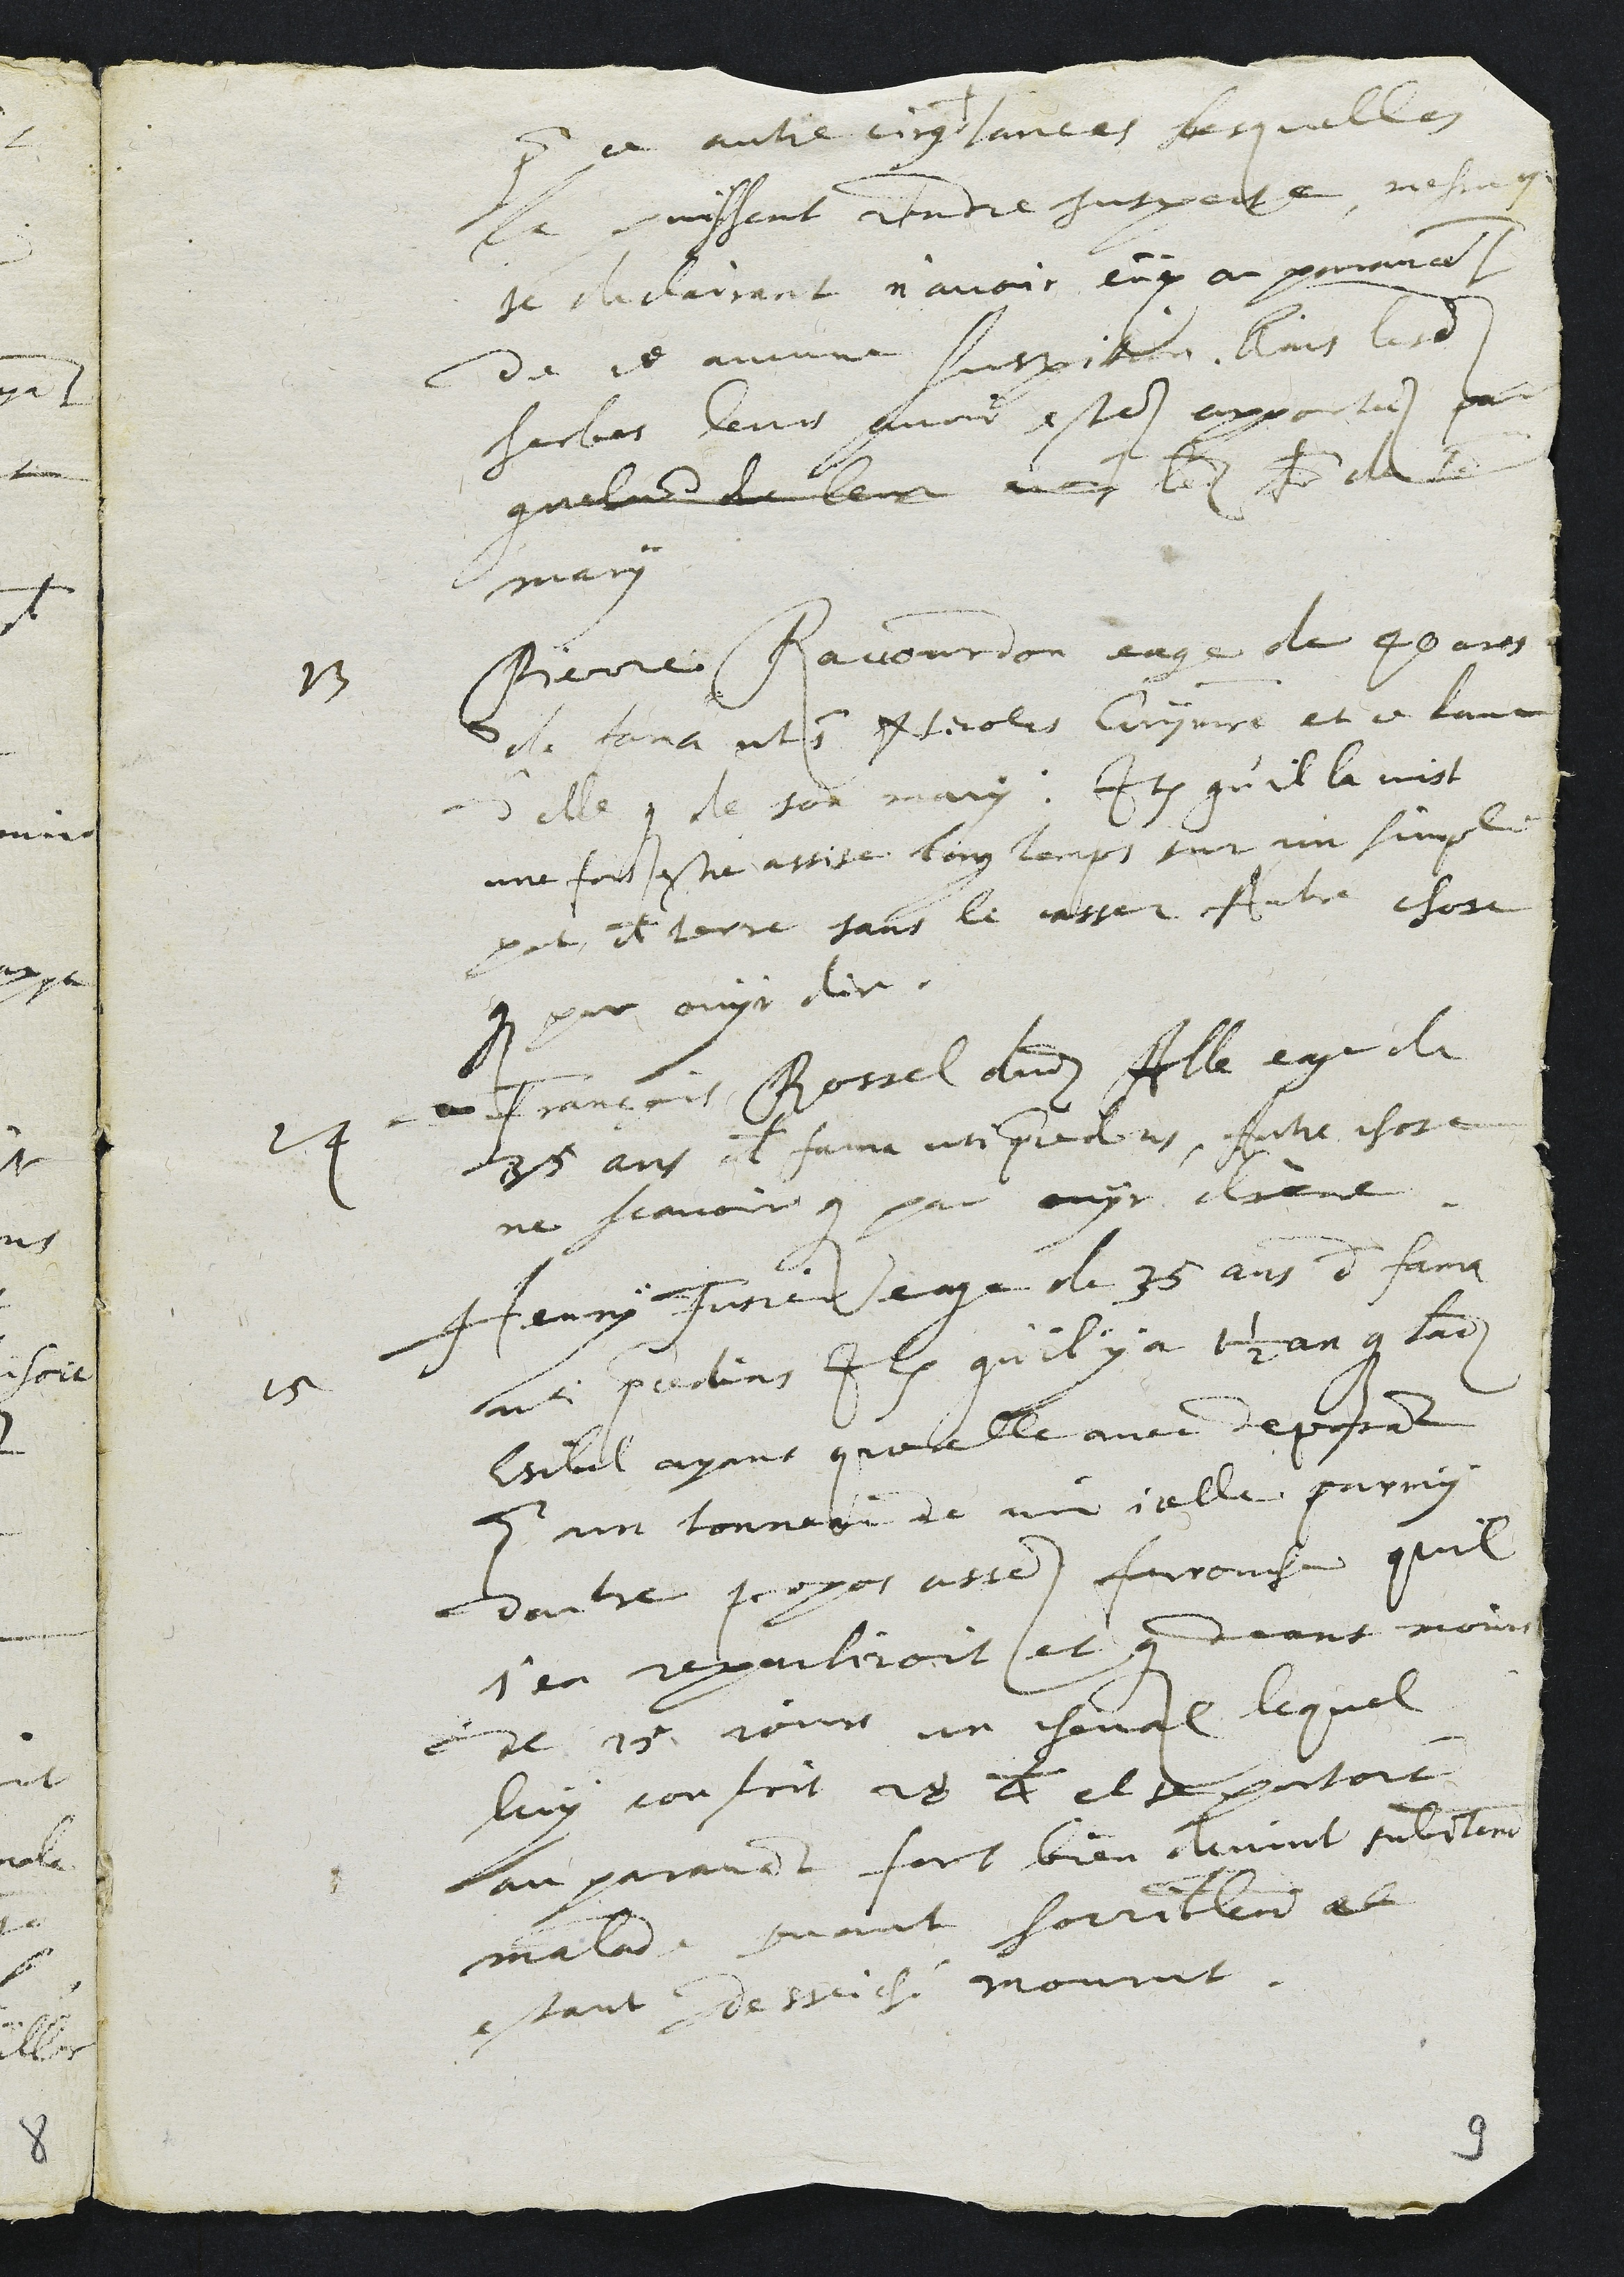
pour ce autre circonstantes Lesquelles
la puissent rendre suspecte mesme
se declairant n'avoir eux au paravant
de ce aucune suspition. Ains lesdites
herbes leur avoir estes apportees par
quelcun de leur vois ledit frere de son
mary
13 Pierre Raccordon eage de 40 ans
de fama ut in Nicolas Grymaitre et ce loue
d'elle comme de son mary. Item qu'il la vist
une fois estre assise long temps sur un simple
pot de terre sans le casser Autre chose
comme par ouyr dire.
14 François Rossel dudit Alle eage de
35 ans de fama uti precedens. Autre chose
ne scavoir que par ouyr dire.
15 Henry Fusier eage de 35 ans de fama
uti precedens Item qu'il y a 1 1/2 an que ladite
Esibel ayant querelle avec deposant
pour un tonneau de vin icelle parmy
dautre propos assez farouche quil
s'en repentiroit et comme deans moins
de 15 jours un cheval lequel
luy coustoit 28 kreuzer et se portoit
auparavant fort bien devint subitement
malade puant horriblement et
estant desseiché mourut.